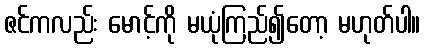
ဇင်ကလည်း မောင့်ကို မယုံကြည်၍တော့ မဟုတ်ပါ။